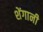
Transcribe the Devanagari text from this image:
शेंगानी